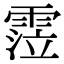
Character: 𩃜